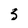
Character: 3